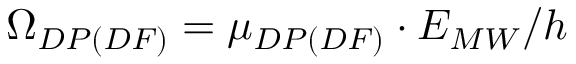
\Omega _ { D P ( D F ) } = \mu _ { D P ( D F ) } \cdot E _ { M W } / h